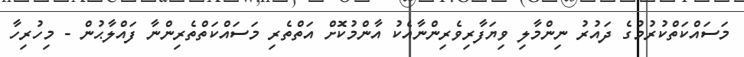
މަސައްކަތްކުރުމުގެ ދައުރު ނިންމާލި ވިޔަފާރިވެރިންނާއެކު އާންމުކޮށް އަތްތެރި މަސައްކަތްތެރިންނާ ފައްލާޙުން - މިހުރިހާ